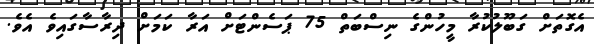
އެގޮތަށް ގަބޫލުކުރާ މީހުންގެ ނިސްބަތް 75 ޕަސެންޓަށް އަރާ ކަމަށް ދިރާސާގައިވެ އެވެ.